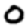
Digit: 0